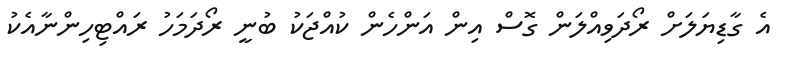
އެ ގާޑިޔަލަށް ރޯދަވިއްލަން ގޮސް އިން އަންހެން ކުއްޖަކު ބުނީ ރޯދަމަހު ރައްޓިހިންނާއެކު